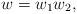
LaTeX: \begin{align*}w=w_1 w_2,\end{align*}